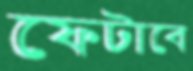
ফেটাবে